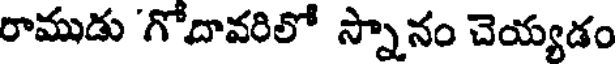
రాముడు 'గోదావరిలో స్నానం చెయ్యడం